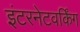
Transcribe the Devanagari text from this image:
इंटरनेटवर्किंग